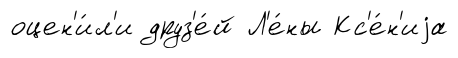
оцен'и́л'и друз'е́й Л'е́ны Кс'е́н'иjа